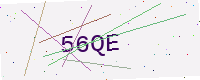
Text: 56QE